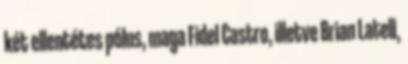
két ellentétes pólus, maga Fidel Castro, illetve Brian Latell,